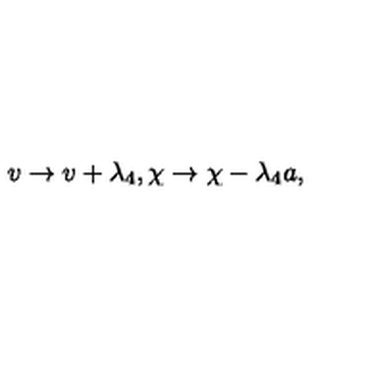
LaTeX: v \rightarrow v + \lambda _ { 4 } , \chi \rightarrow \chi - \lambda _ { 4 } a ,